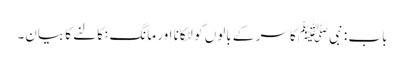
باب : نبیﷺ کا سر کے بالوں کو لٹکانا اور مانگ نکالنے کا بیان۔